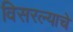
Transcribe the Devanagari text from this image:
विसरल्याचे